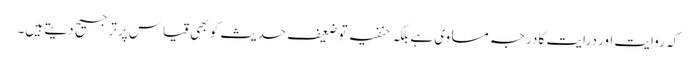
کہ روایت اور درایت کا درجہ مساوی ہے بلکہ حنفیہ توضعیف حدیث کو بھی قیاس پرترجیح دیتے ہیں۔